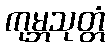
ကုမ္ဘသုတ္တံ